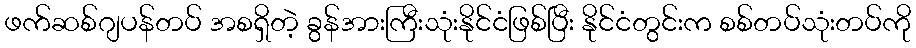
ဖက်ဆစ်ဂျပန်တပ် အစရှိတဲ့ ခွန်အားကြီးသုံးနိုင်ငံဖြစ်ပြီး နိုင်ငံတွင်းက စစ်တပ်သုံးတပ်ကို